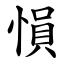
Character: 愪